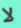
لا